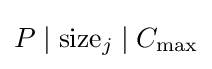
P\mid {\text{size}}_{j}\mid C_{\max }